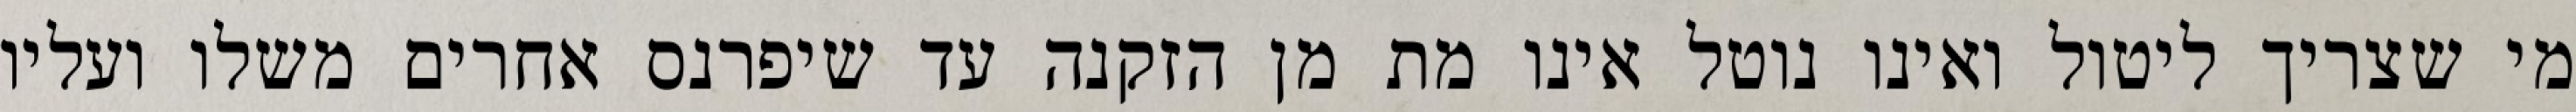
מי שצריך ליטול ואינו נוטל אינו מת מן הזקנה עד שיפרנס אחרים משלו ועליו